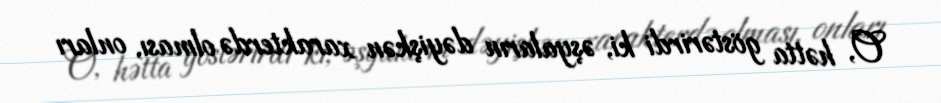
O, hətta göstərirdi ki, əşyaların dəyişkən xarakterdə olması, onları